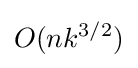
O(nk^{3/2})